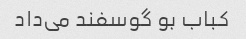
کباب بو گوسفند می‌داد